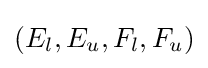
(E_{l},E_{u},F_{l},F_{u})